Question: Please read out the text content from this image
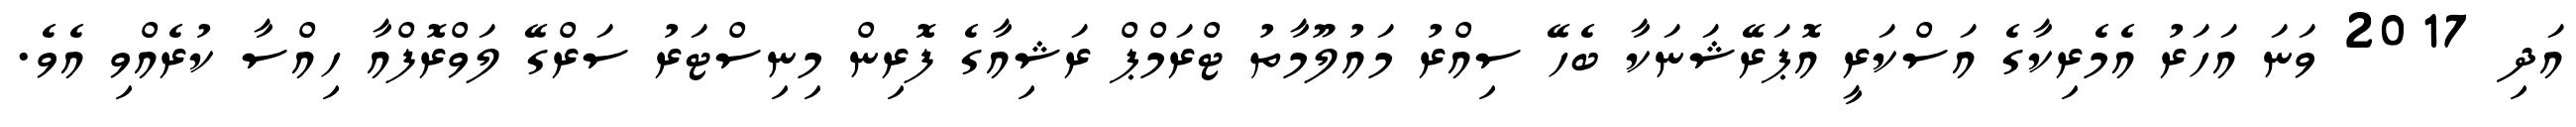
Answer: އަދި 2017 ވަނަ އަހަރު އެމެރިކާގެ އަސްކަރީ އޮޕަރޭޝަނަކާ ބެހޭ ސިއްރު މައުލޫމާތު ޓްރަމްޕް ރަޝިއާގެ ފޮރިން މިނިސްޓަރު ސަރްގޭ ލަވްރޮފްއާ ހިއްސާ ކުރެއްވި އެވެ.